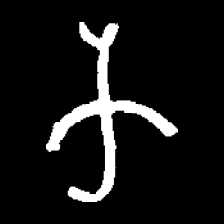
Pyu character \u2014 Myanmar letter: က (romanized: ka)